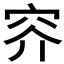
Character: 𱶱